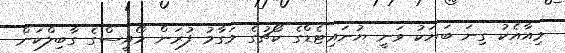
މިއާއެކު ގިނަ ބަޔަކު ވަނީ ޔުނައިޓެޑްގެ ކޯޗުގެ މަގާމު ފުރަން މޯއީސްގެ ގާބިލްކަން